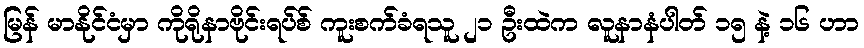
မြန် မာနိုင်ငံမှာ ကိုရိုနာဗိုင်းရပ်စ် ကူးစက်ခံရသူ ၂၁ ဦးထဲက လူနာနံပါတ် ၁၅ နဲ့ ၁၆ ဟာ